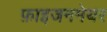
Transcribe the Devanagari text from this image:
फ़ाइजनमेयर